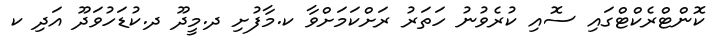
ކޮންޓްރެކްޓްގައި ސޮއި ކުރެވުނު ހަތަރު ރަށްކަމަށްވާ ކ.މާފުށި ދ.މީދޫ ދ.ކުޑަހުވަދޫ އަދި ކ